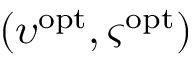
( \boldsymbol { \upsilon } ^ { \mathrm { o p t } } , \boldsymbol { \varsigma } ^ { \mathrm { o p t } } )